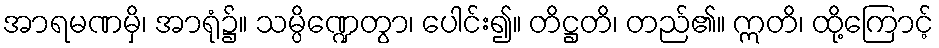
အာရမဏမှိ၊ အာရုံ၌။ သမ္ပိဏ္ဍေတွာ၊ ပေါင်း၍။ တိဋ္ဌတိ၊ တည်၏။ ဣတိ၊ ထို့ကြောင့်